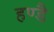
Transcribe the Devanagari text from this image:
हण्डै